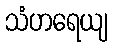
သံဟရေယျ